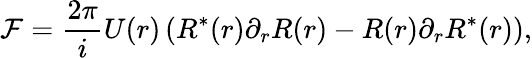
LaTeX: {\cal F}=\frac{2\pi}{i}U(r)\left(R^{\ast}(r)\partial_{r}R(r)-R(r)\partial_{r}R^{\ast}(r)\right),